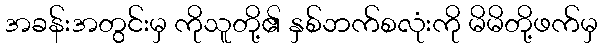
အခန်းအတွင်းမှ ကိုသူတို့၏ နှစ်ဘက်စလုံးကို မိမိတို့ဖက်မှ